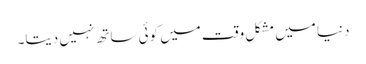
دنیا میں مشکل وقت میں کوئی ساتھ نہیں دیتا۔